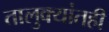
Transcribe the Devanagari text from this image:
तालुक्यांतही